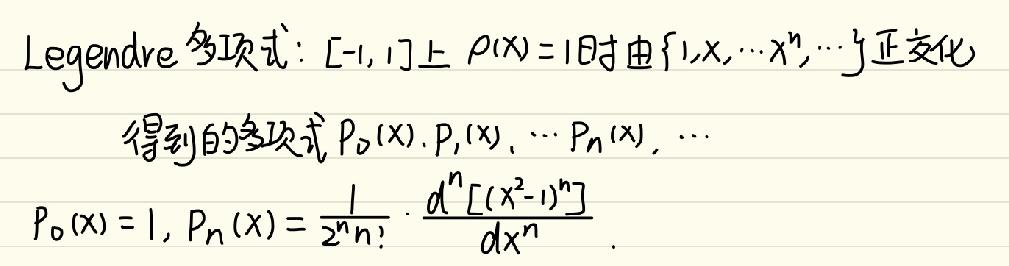
Legendre 多项式：$[-1,1]$上$\rho(x)=1$时由$\{1,x,\cdots x^{n},\cdots\}$正交化
得到的多项式$P_0(x),P_1(x),\cdots P_n(x),\cdots$
$P_0(x)=1, P_n(x)=\frac{1}{2^n n!}\cdot\frac{d^n[(x^2 - 1)^n]}{dx^n}.$